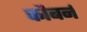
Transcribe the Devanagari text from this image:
कौबर्न